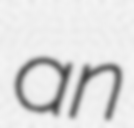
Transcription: an